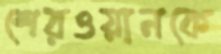
শেরওয়ানকে